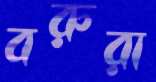
বরুরা